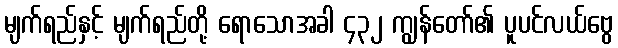
မျက်ရည်နှင့် မျက်ရည်တို့ ရောသောအခါ ၄၃၂ ကျွန်တော်၏ ပူပင်လယ်ဗွေ